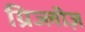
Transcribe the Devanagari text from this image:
ग्रिज्लीज़